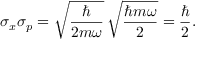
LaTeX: \sigma _ { x } \sigma _ { p } = { \sqrt { \frac { \hbar } { 2 m \omega } } } \, { \sqrt { \frac { \hbar m \omega } { 2 } } } = { \frac { \hbar } { 2 } } .